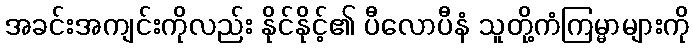
အခင်းအကျင်းကိုလည်း နိုင်နိုင့်၏ ပီလောပီနံ သူတို့ကံကြမ္မာများကို